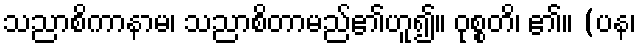
သညာစိကာနာမ၊ သညာစိတာမည်၏ဟူ၍။ ဝုစ္စတိ၊ ၏။ (ပန၊